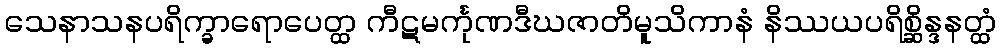
သေနာသနပရိက္ခာရောပေတ္ထ ကီဋမင်္ကုဏဒီဃဇာတိမူသိကာနံ နိဿယပရိစ္ဆိန္ဒနတ္ထံ